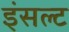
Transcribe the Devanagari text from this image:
इंसल्ट